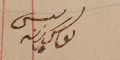
رئيس يوسف زينه